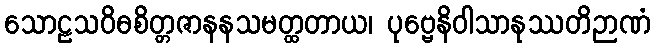
သောဠသဝိဓစိတ္တဇာနနသမတ္ထတာယ၊ ပုဗ္ဗေနိဝါသာနုဿတိဉာဏံ